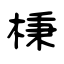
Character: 棅